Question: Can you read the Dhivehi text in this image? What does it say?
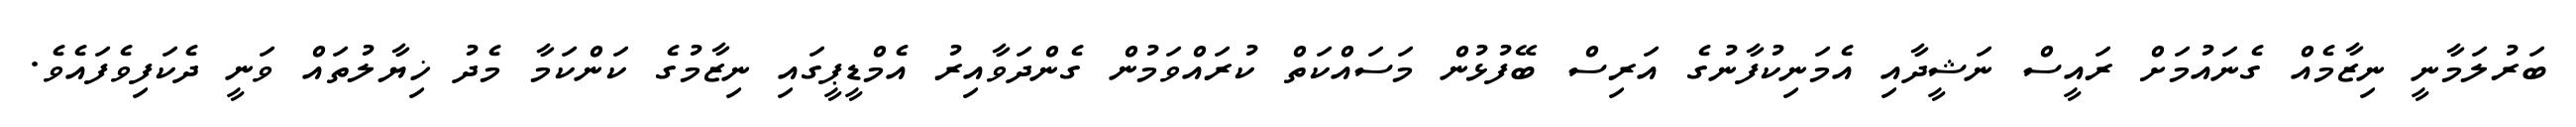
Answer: ބަރުލަމާނީ ނިޒާމެއް ގެނައުމަށް ރައީސް ނަޝީދާއި އެމަނިކުފާނުގެ އަރިސް ބޭފުޅުން މަސައްކަތް ކުރައްވަމުން ގެންދަވާއިރު އެމްޑީޕީގައި ނިޒާމުގެ ކަންކަމާ މެދު ޚިޔާލުތައް ވަނީ ދެކަފިވެފައެވެ.